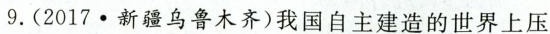
9.(2017·新疆乌鲁木齐)我国自主建造的世界上压